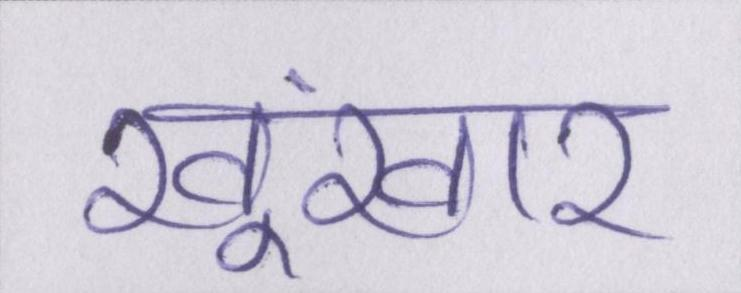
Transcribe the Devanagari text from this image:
खूंखार